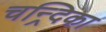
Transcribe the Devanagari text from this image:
चन्र्दिका